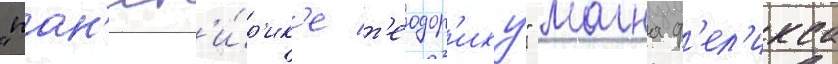
"пан'ег'и́р'ик'е т'еодор'иху" магна ф'ел'икса